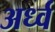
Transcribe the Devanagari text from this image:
अर्ध्व